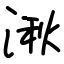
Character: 湫